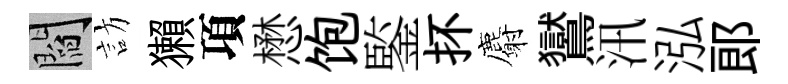
閻訪獺項懋饱鍳抔麝鸑汛泓郞